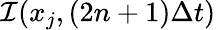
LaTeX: {\cal I}(x_{j},(2n+1)\Delta t)